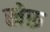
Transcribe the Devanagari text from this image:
खेरू